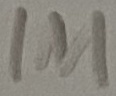
Text: 1M